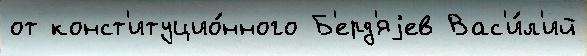
от конст'итуцио́нного Б'ерд'яjев Вас'и́л'ий